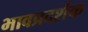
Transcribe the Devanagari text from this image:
भावप्रदर्शक